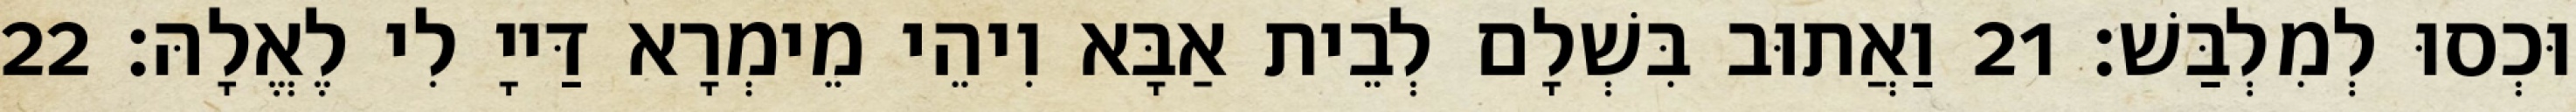
וּכְסוּ לְמִלְבַּשׁ׃ 21 וַאֲתוּב בִּשְׁלָם לְבֵית אַבָּא וִיהֵי מֵימְרָא דַּייָ לִי לֶאֱלָהּ׃ 22